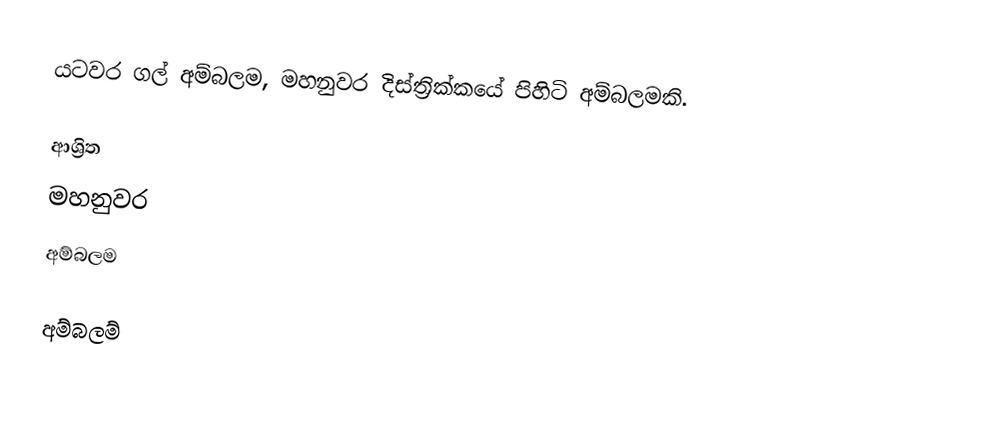
යටවර ගල් අම්බලම, මහනුවර දිස්ත්‍රික්කයේ පිහිටි අම්බලමකි.

ආශ්‍රිත
 මහනුවර
 අම්බලම

අම්බලම්